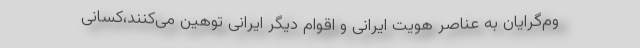
وم‌گرایان به عناصر هویت ایرانی و اقوام دیگر ایرانی توهین می‌کنند،کسانی